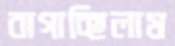
বাগাচ্ছিলাম